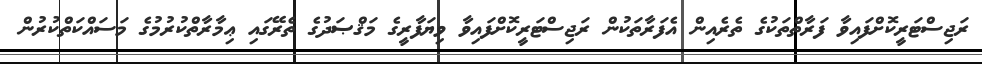
ރަޖިސްޓަރީކޮށްފައިވާ ފަރާތްތަކުގެ ތެރެއިން އެފަރާތަކުން ރަޖިސްޓަރީކޮށްފައިވާ ވިޔަފާރީގެ މަޤްޞަދުގެ ތެރޭގައި ޢިމާރާތްކުރުމުގެ މަސައްކަތްކުރުން